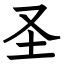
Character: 圣